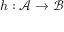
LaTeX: h : { \mathcal { A } } \rightarrow { \mathcal { B } }